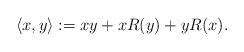
LaTeX: \begin{align*} \langle x,y \rangle:=xy+xR(y)+yR(x).\end{align*}